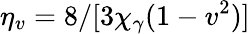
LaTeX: \eta_{v}=8/[3\chi_{\gamma}(1-v^{2})]